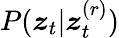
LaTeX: P(\boldsymbol{z}_{t}|\boldsymbol{z}_{t}^{(r)})